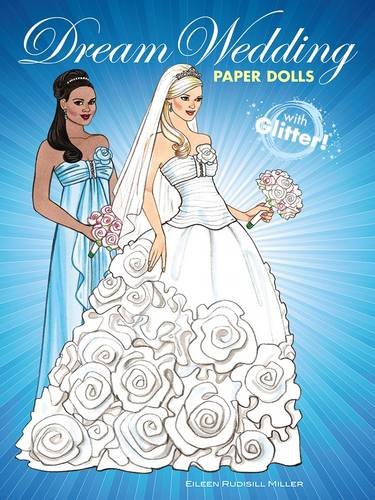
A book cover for Dream Wedding Paper Dolls with Glitter! (Dover Paper Dolls); Eileen Rudisill Miller; Crafts, Hobbies & Home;